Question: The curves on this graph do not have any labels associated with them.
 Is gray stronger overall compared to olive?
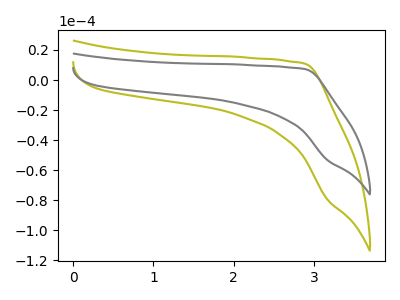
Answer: <think>The olive curve "olive" has no peaks. The gray curve "gray" has no peaks.
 Neither "gray" or "olive" have any peaks.</think>
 <answer>I cant tell if "gray" or "olive" has more signal.</answer>
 <eval>mixed_signal</eval>